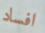
افساد